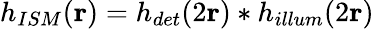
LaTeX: h_{ISM}(\textbf{r})=h_{det}(2\textbf{r})\ast h_{illum}(2\textbf{r})